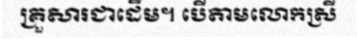
គ្រួសារជាដើម។ បើតាមលោកស្រី